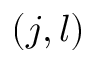
( j , l )